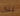
ننزل